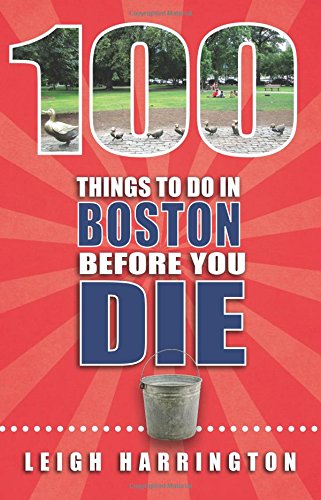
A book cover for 100 Things to Do in Boston Before You Die; Leigh Harrington; Travel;